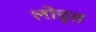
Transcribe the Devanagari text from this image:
लोड्स